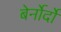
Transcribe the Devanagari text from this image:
बेर्नोर्दो